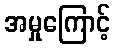
အမှုကြောင့်